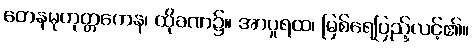
တေနမုဟုတ္တကေန၊ ထိုခဏ၌။ အာပူရထ၊ မြစ်ရေပြည့်လင့်၏။